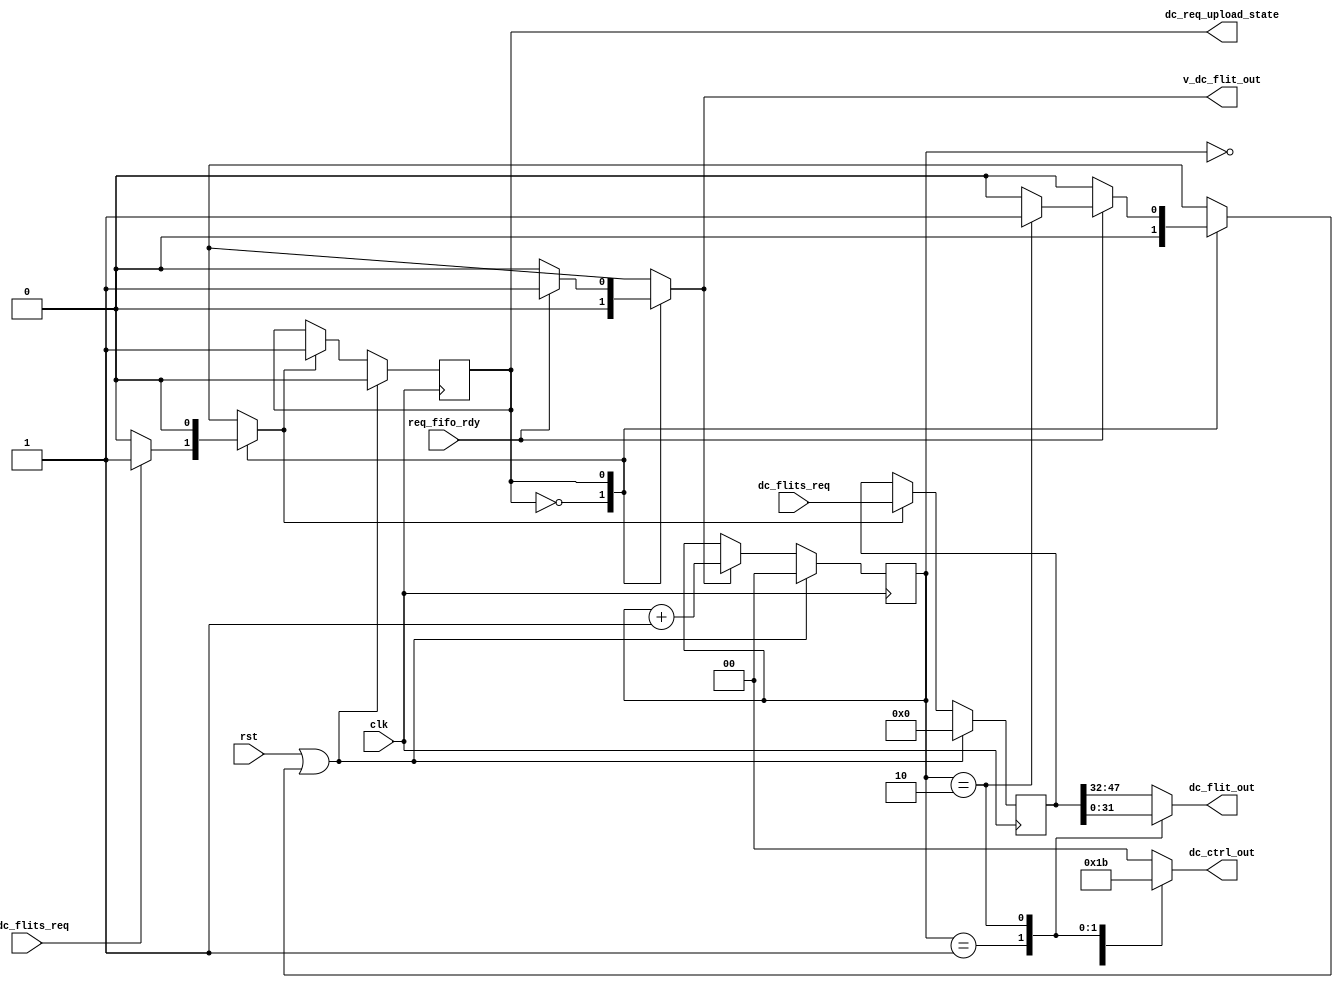
module   dc_req_upload(//input
                          clk,
                          rst,
                          dc_flits_req,
                          v_dc_flits_req,
                          req_fifo_rdy,
                          //output
                          dc_flit_out,
                          v_dc_flit_out,
								  dc_ctrl_out,
                          dc_req_upload_state
                          );
//input
input                         clk;
input                         rst;
input       [47:0]            dc_flits_req;
input                         v_dc_flits_req;
input                         req_fifo_rdy;
//output
output      [15:0]             dc_flit_out;
output                         v_dc_flit_out;
output      [1:0]              dc_ctrl_out;
output                         dc_req_upload_state;

//parameter 
parameter    dc_req_upload_idle=1'b0;
parameter    dc_req_upload_busy=1'b1;

//reg          dc_req_nstate; 
reg          dc_req_state;
reg  [47:0]  dc_req_flits;
reg  [1:0]   sel_cnt;
reg          v_dc_flit_out;
reg          fsm_rst;
reg          next;
reg          en_flits_in;
reg          inc_cnt;
assign dc_req_upload_state=dc_req_state;
always@(*)
begin
  //default value
 // dc_req_nstate=dc_req_state;
  v_dc_flit_out=1'b0;
  inc_cnt=1'b0;
  fsm_rst=1'b0;
  en_flits_in=1'b0;
  next=1'b0;
  
  case(dc_req_state)
    dc_req_upload_idle:
       begin
         if(v_dc_flits_req)
           begin
             en_flits_in=1'b1;
             next=1'b1;
           end
       end
    dc_req_upload_busy:
       begin
         if(req_fifo_rdy)
           begin
             if(sel_cnt==2'b10)
               fsm_rst=1'b1;
             inc_cnt=1'b1;
             v_dc_flit_out=1'b1;
           end
       end
    endcase
end

// fsm state
always@(posedge clk)
begin
  if(rst||fsm_rst)
    dc_req_state<=1'b0;
else if(next)
    dc_req_state<=1'b1;
end
// flits regs
always@(posedge clk)
begin
  if(rst||fsm_rst)
    dc_req_flits<=48'h0000;
  else if(en_flits_in)
    dc_req_flits<=dc_flits_req;
end
reg  [15:0]  dc_flit_out;

reg  [1:0]  dc_ctrl_out;
always@(*)
begin
  case(sel_cnt)
    2'b00:
	 begin
	   dc_flit_out=dc_req_flits[47:32];
		dc_ctrl_out=2'b01;
		end
    2'b01:
	 begin
	   dc_flit_out=dc_req_flits[31:16];
		dc_ctrl_out=2'b10;
		end
    2'b10:
	 begin
	   dc_flit_out=dc_req_flits[15:0];
		dc_ctrl_out=2'b11;
		end
    default:begin
	           dc_flit_out=dc_req_flits[47:32];
				  dc_ctrl_out=2'b00;
				end
  endcase
end

///sel_counter
always@(posedge clk)
begin
  if(rst||fsm_rst)
    sel_cnt<=2'b00;
  else if(inc_cnt)
    sel_cnt<=sel_cnt+2'b01;
end

endmodule